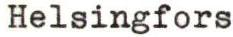
Helsingfors